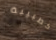
كطبيبة